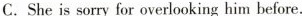
C.She is sorry for overlooking him before.